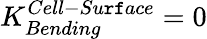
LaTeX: K_{Bending}^{Cell-Su\mathtt{r}\mathtt{f}ace}=0